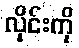
လိုင်းကို